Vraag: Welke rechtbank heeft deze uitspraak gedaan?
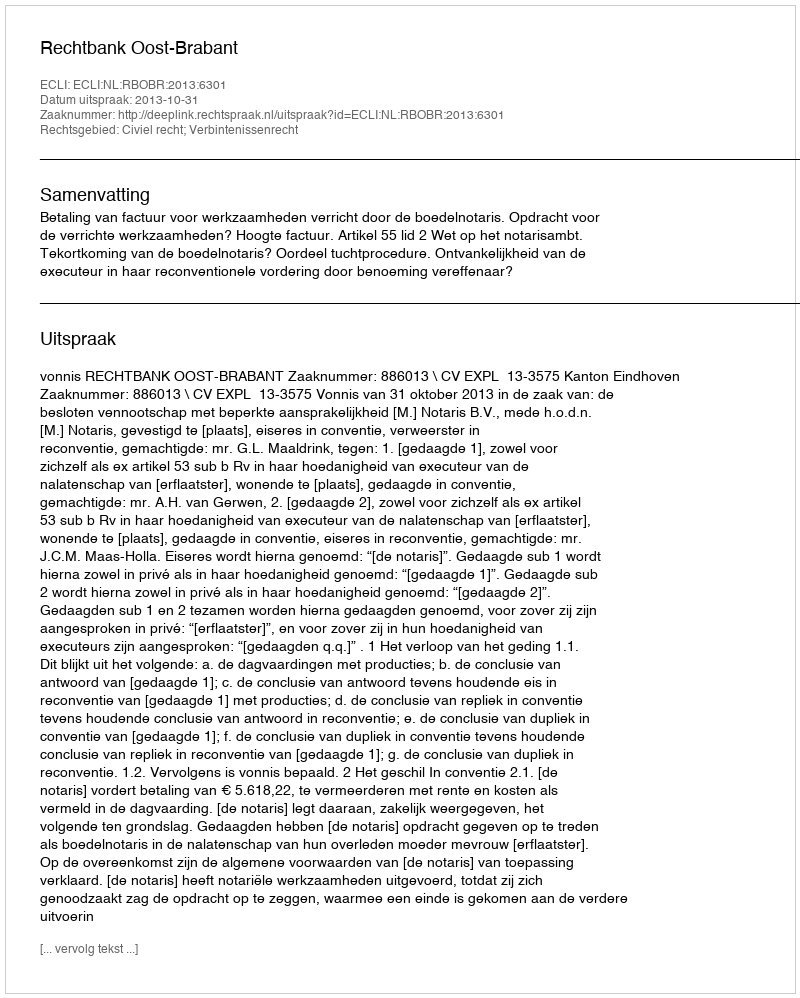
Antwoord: Rechtbank Oost-Brabant